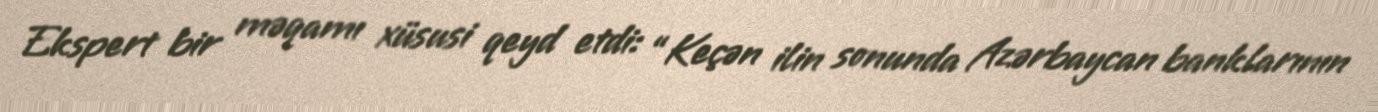
Ekspert bir məqamı xüsusi qeyd etdi: “Keçən ilin sonunda Azərbaycan banklarının